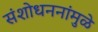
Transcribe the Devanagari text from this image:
संशोधननांमुळे